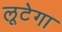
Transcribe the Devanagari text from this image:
लूटेगा